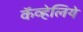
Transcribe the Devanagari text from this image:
कॅव्हेलिये